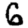
Digit: 6